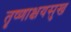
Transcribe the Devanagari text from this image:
तृष्णाक्षयसुख